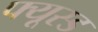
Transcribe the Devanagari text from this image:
फ्यूस्ड